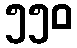
၅၅၀